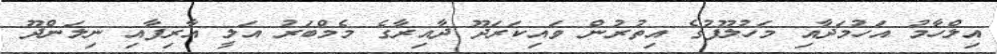
އިލްހާމު އަހުމަދާއި މަހުލޫފުގެ އިތުރުން ވައިކަރަދޫ ދާއިރާގެ މެމްބަރު އަލީ އާރިފާއި ނިލަންދޫ